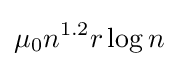
\mu _{0}n^{1.2}r\log n